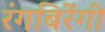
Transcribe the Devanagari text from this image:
रंगबिरेंगी